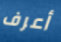
أعرف